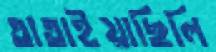
তাতাইয়াছিলি